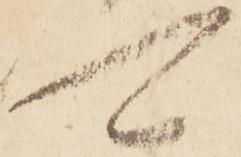
可